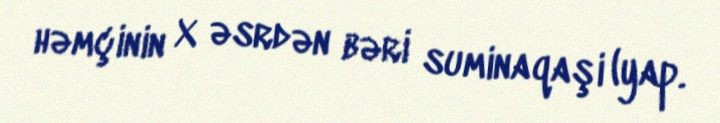
həmçinin X əsrdən bəri suminaqaşi (yap.